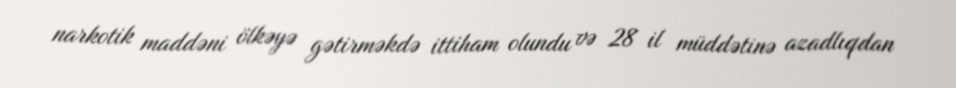
narkotik maddəni ölkəyə gətirməkdə ittiham olundu və 28 il müddətinə azadlıqdan